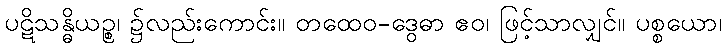
ပဋိသန္ဓိယဉ္စ၊ ၌လည်းကောင်း။ တထေဝ-ဒွေဓာ ဧဝ၊ ဖြင့်သာလျှင်။ ပစ္စယော၊